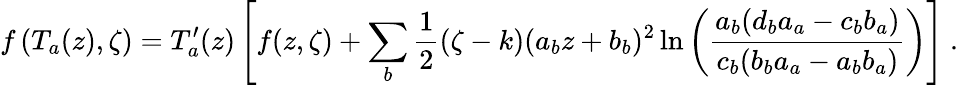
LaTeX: f\left(T_{a}(z),\zeta\right)=T_{a}^{\prime}(z)\left[f(z,\zeta)+\sum_{b}\frac{1}{2}(\zeta-k)(a_{b}z+b_{b})^{2}\ln\left(\frac{a_{b}(d_{b}a_{a}-c_{b}b_{a})}{c_{b}(b_{b}a_{a}-a_{b}b_{a})}\right)\right]\ .